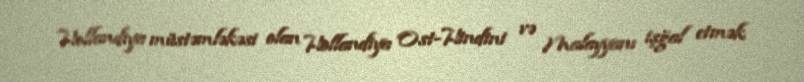
Hollandiya müstəmləkəsi olan Hollandiya Ost-Hindini və Malayyanı işğal etmək